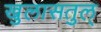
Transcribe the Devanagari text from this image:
खुलासतुल्